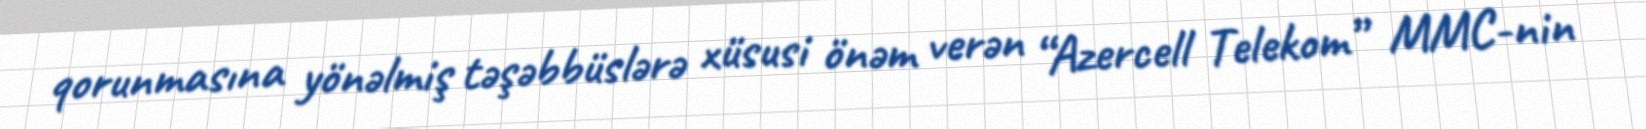
qorunmasına yönəlmiş təşəbbüslərə xüsusi önəm verən “Azercell Telekom” MMC-nin